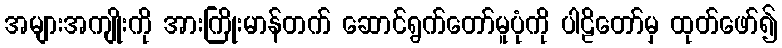
အများအကျိုးကို အားကြိုးမာန်တက် ဆောင်ရွက်တော်မူပုံကို ပါဠိတော်မှ ထုတ်ဖော်၍